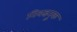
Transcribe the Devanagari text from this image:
निवडनूक